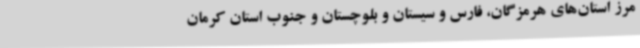
مرز استان‌های هرمزگان، فارس و سیستان و بلوچستان و جنوب استان کرمان